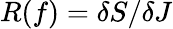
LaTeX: R(f)=\delta S/\delta J